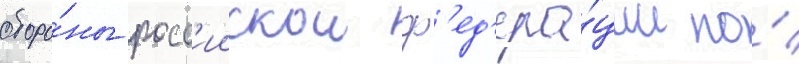
оборо́ны росс'иискои ф'ед'ера́ции по́